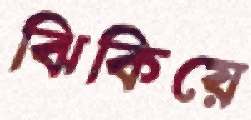
ঝিকিয়ে